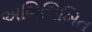
અભિલિખિત